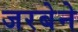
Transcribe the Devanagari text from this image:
जरबेने